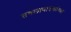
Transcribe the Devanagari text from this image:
तबलावादकांच्या